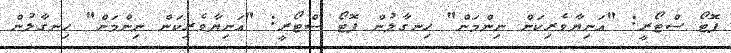
ފޮޓޯ ސްޓޯރީ: "އަނިޔާވެރިކަން ނިންމަން" ހިނގާލުން ފޮޓޯ ސްޓޯރީ: "އަނިޔާވެރިކަން ނިންމަން" ހިނގާލުން